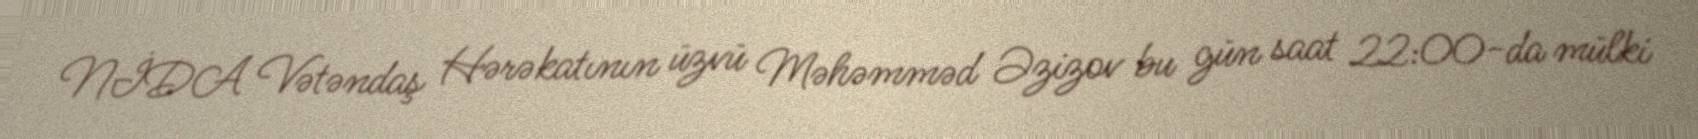
NİDA Vətəndaş Hərəkatının üzvü Məhəmməd Əzizov bu gün saat 22:00-da mülki